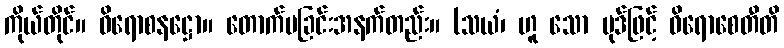
ကိုယ်တိုင်။ ဝိရောစနဋ္ဌော။ တောက်ပခြင်းအနက်တည်း။ (သယံ၊ ဟူ သော ပုဒ်ဖြင့် ဝိရောစေတီတိ